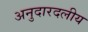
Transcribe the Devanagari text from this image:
अनुदारदलीय